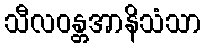
သီလဝန္တအာနိသံသာ